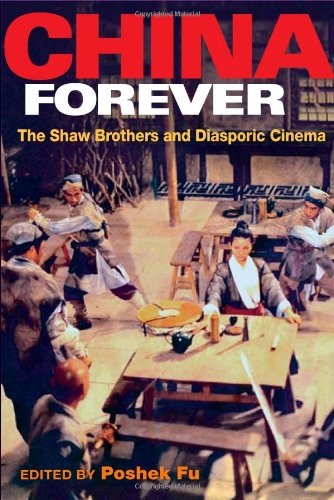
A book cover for China Forever: The Shaw Brothers and Diasporic Cinema (Pop Culture and Politics Asia PA); History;